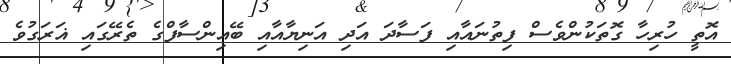
އޮތީ ހުރިހާ ގޮތަކުންވެސް ފިތުނައާއި ފަސާދަ އަދި އަނިޔާއާއި ބޭއިންސާފްގެ ތެރޭގައި ޣަރަގުވެ